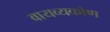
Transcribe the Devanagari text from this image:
वायव्यकोण